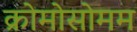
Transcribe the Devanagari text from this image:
क्रोमोसोमम